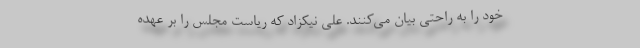
خود را به راحتی بیان می‌کنند. علی نیکزاد که ریاست مجلس را بر عهده